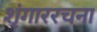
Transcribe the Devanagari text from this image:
शृंगाररचना